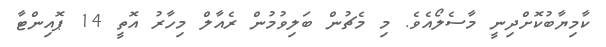
ކާމިޔާބުކޮށްދިނީ މާސެލޯއެވެ. މި މެޗުން ބަލިވުމުން ރެއާލް މިހާރު އޮތީ 14 ޕޮއިންޓާ